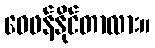
ဝေဖန်နိုင်တာလား။